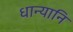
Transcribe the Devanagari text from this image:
धान्यानि